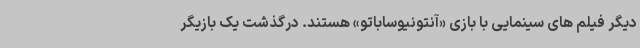
دیگر فیلم های سینمایی با بازی «آنتونیوساباتو» هستند. درگذشت یک بازیگر